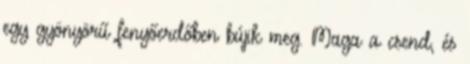
egy gyönyörű fenyőerdőben bújik meg. Maga a csend, és